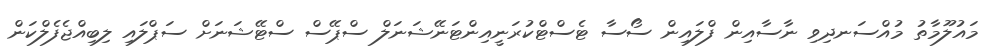
މައުލޫމާތު މުއްސަނދިވި ނާސާއިން ފްލައިން ސޯސާ ޓެސްޓްކުރަނީއިންޓަނޭޝަނަލް ސްޕޭސް ސްޓޭޝަނަށް ސަޕްލައި ލިބިއްޖެފެލްކަން